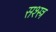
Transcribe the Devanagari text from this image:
सश्स्त्र